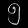
Digit: ၅